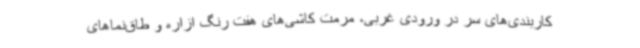
کاربندی‌های سر در ورودی غربی، مرمت کاشی‌های هفت رنگ ازاره و طاق‌نماهای